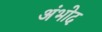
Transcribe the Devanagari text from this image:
अंभोद